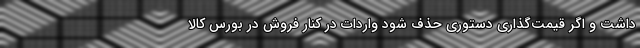
داشت و اگر قیمت‌گذاری دستوری حذف شود واردات در کنار فروش در بورس کالا